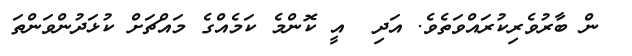
ން ބާރުވެރިކުރައްވަތެވެ. އަދި  އީ ކޮންމެ ކަމެއްގެ މައްޗަށް ކުޅަދުންވަންތަ